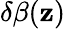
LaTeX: \delta\beta(\mathbf{z})